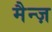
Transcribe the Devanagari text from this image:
मैन्ज़